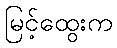
မြင့်ထွေးက